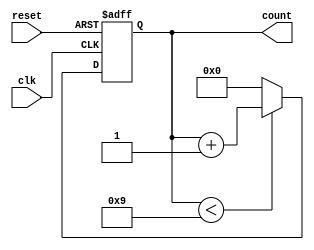
module bcd_counter (
    input wire clk,        // Clock signal
    input wire reset,      // Asynchronous reset signal
    output reg [3:0] count // 4-bit output representing the current count in BCD format
);

// Always block triggered on the rising edge of the clock
always @(posedge clk or posedge reset) begin
    if (reset) begin
        // If reset is asserted, set count to 0
        count <= 4'b0000;
    end else begin
        // If count is less than 9, increment the count
        if (count < 4'b1001) begin
            count <= count + 1;
        end else begin
            // If count is 9 (1001), reset to 0
            count <= 4'b0000;
        end
    end
end

endmodule